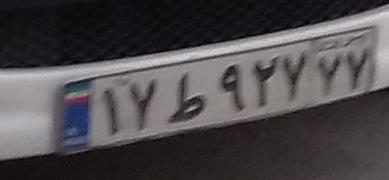
۱۷ط۹۲۷۷۷